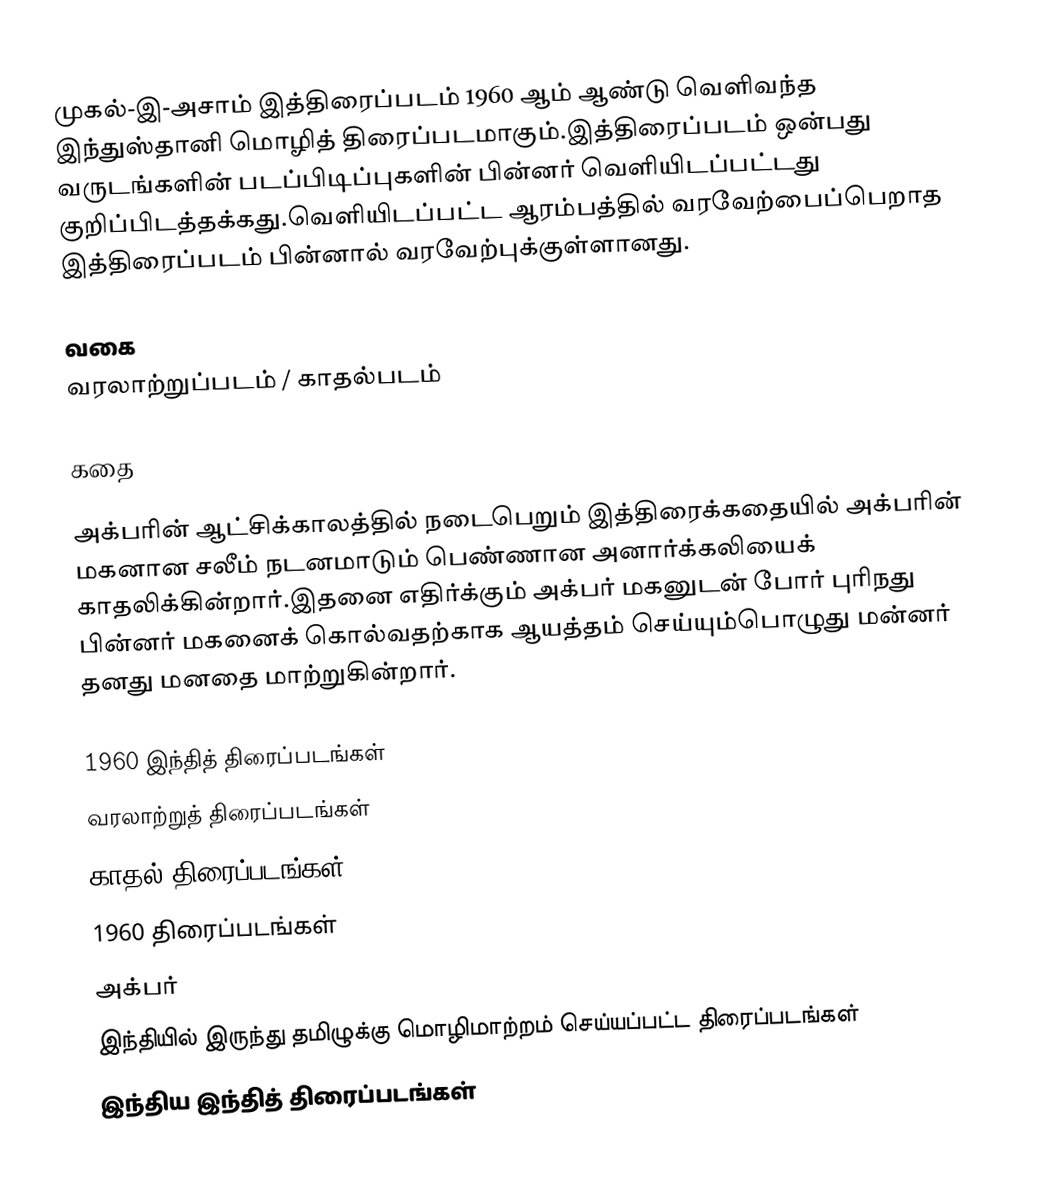
முகல்-இ-அசாம் இத்திரைப்படம் 1960 ஆம் ஆண்டு வெளிவந்த இந்துஸ்தானி மொழித் திரைப்படமாகும்.இத்திரைப்படம் ஒன்பது வருடங்களின் படப்பிடிப்புகளின் பின்னர் வெளியிடப்பட்டது குறிப்பிடத்தக்கது.வெளியிடப்பட்ட ஆரம்பத்தில் வரவேற்பைப்பெறாத இத்திரைப்படம் பின்னால் வரவேற்புக்குள்ளானது.

வகை
வரலாற்றுப்படம் / காதல்படம்

கதை

அக்பரின் ஆட்சிக்காலத்தில் நடைபெறும் இத்திரைக்கதையில் அக்பரின் மகனான சலீம் நடனமாடும் பெண்ணான அனார்க்கலியைக் காதலிக்கின்றார்.இதனை எதிர்க்கும் அக்பர் மகனுடன் போர் புரிநது பின்னர் மகனைக் கொல்வதற்காக ஆயத்தம் செய்யும்பொழுது மன்னர் தனது மனதை மாற்றுகின்றார்.

1960 இந்தித் திரைப்படங்கள்
வரலாற்றுத் திரைப்படங்கள்
காதல் திரைப்படங்கள்
1960 திரைப்படங்கள்
அக்பர்
இந்தியில் இருந்து தமிழுக்கு மொழிமாற்றம் செய்யப்பட்ட திரைப்படங்கள்
இந்திய இந்தித் திரைப்படங்கள்